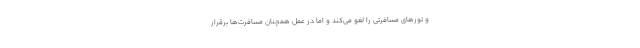
و تورهای مسافرتی را لغو می‌کند و اما در عمل همچنان مسافرت‌ها برقرار